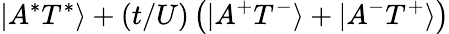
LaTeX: |A^{*}T^{*}\rangle+(t/U)\left(|A^{+}T^{-}\rangle+|A^{-}T^{+}\rangle\right)